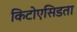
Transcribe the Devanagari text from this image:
किटोएसिडता